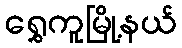
ရွှေကူမြို့နယ်